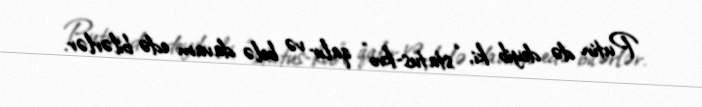
Putin də deyib ki, “status-kvo” qalır və belə davam edə bilərlər.